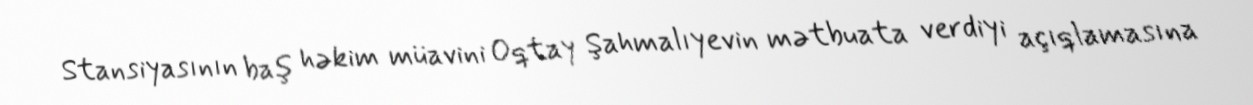
Stansiyasının baş həkim müavini Oqtay Şahmalıyevin mətbuata verdiyi açıqlamasına